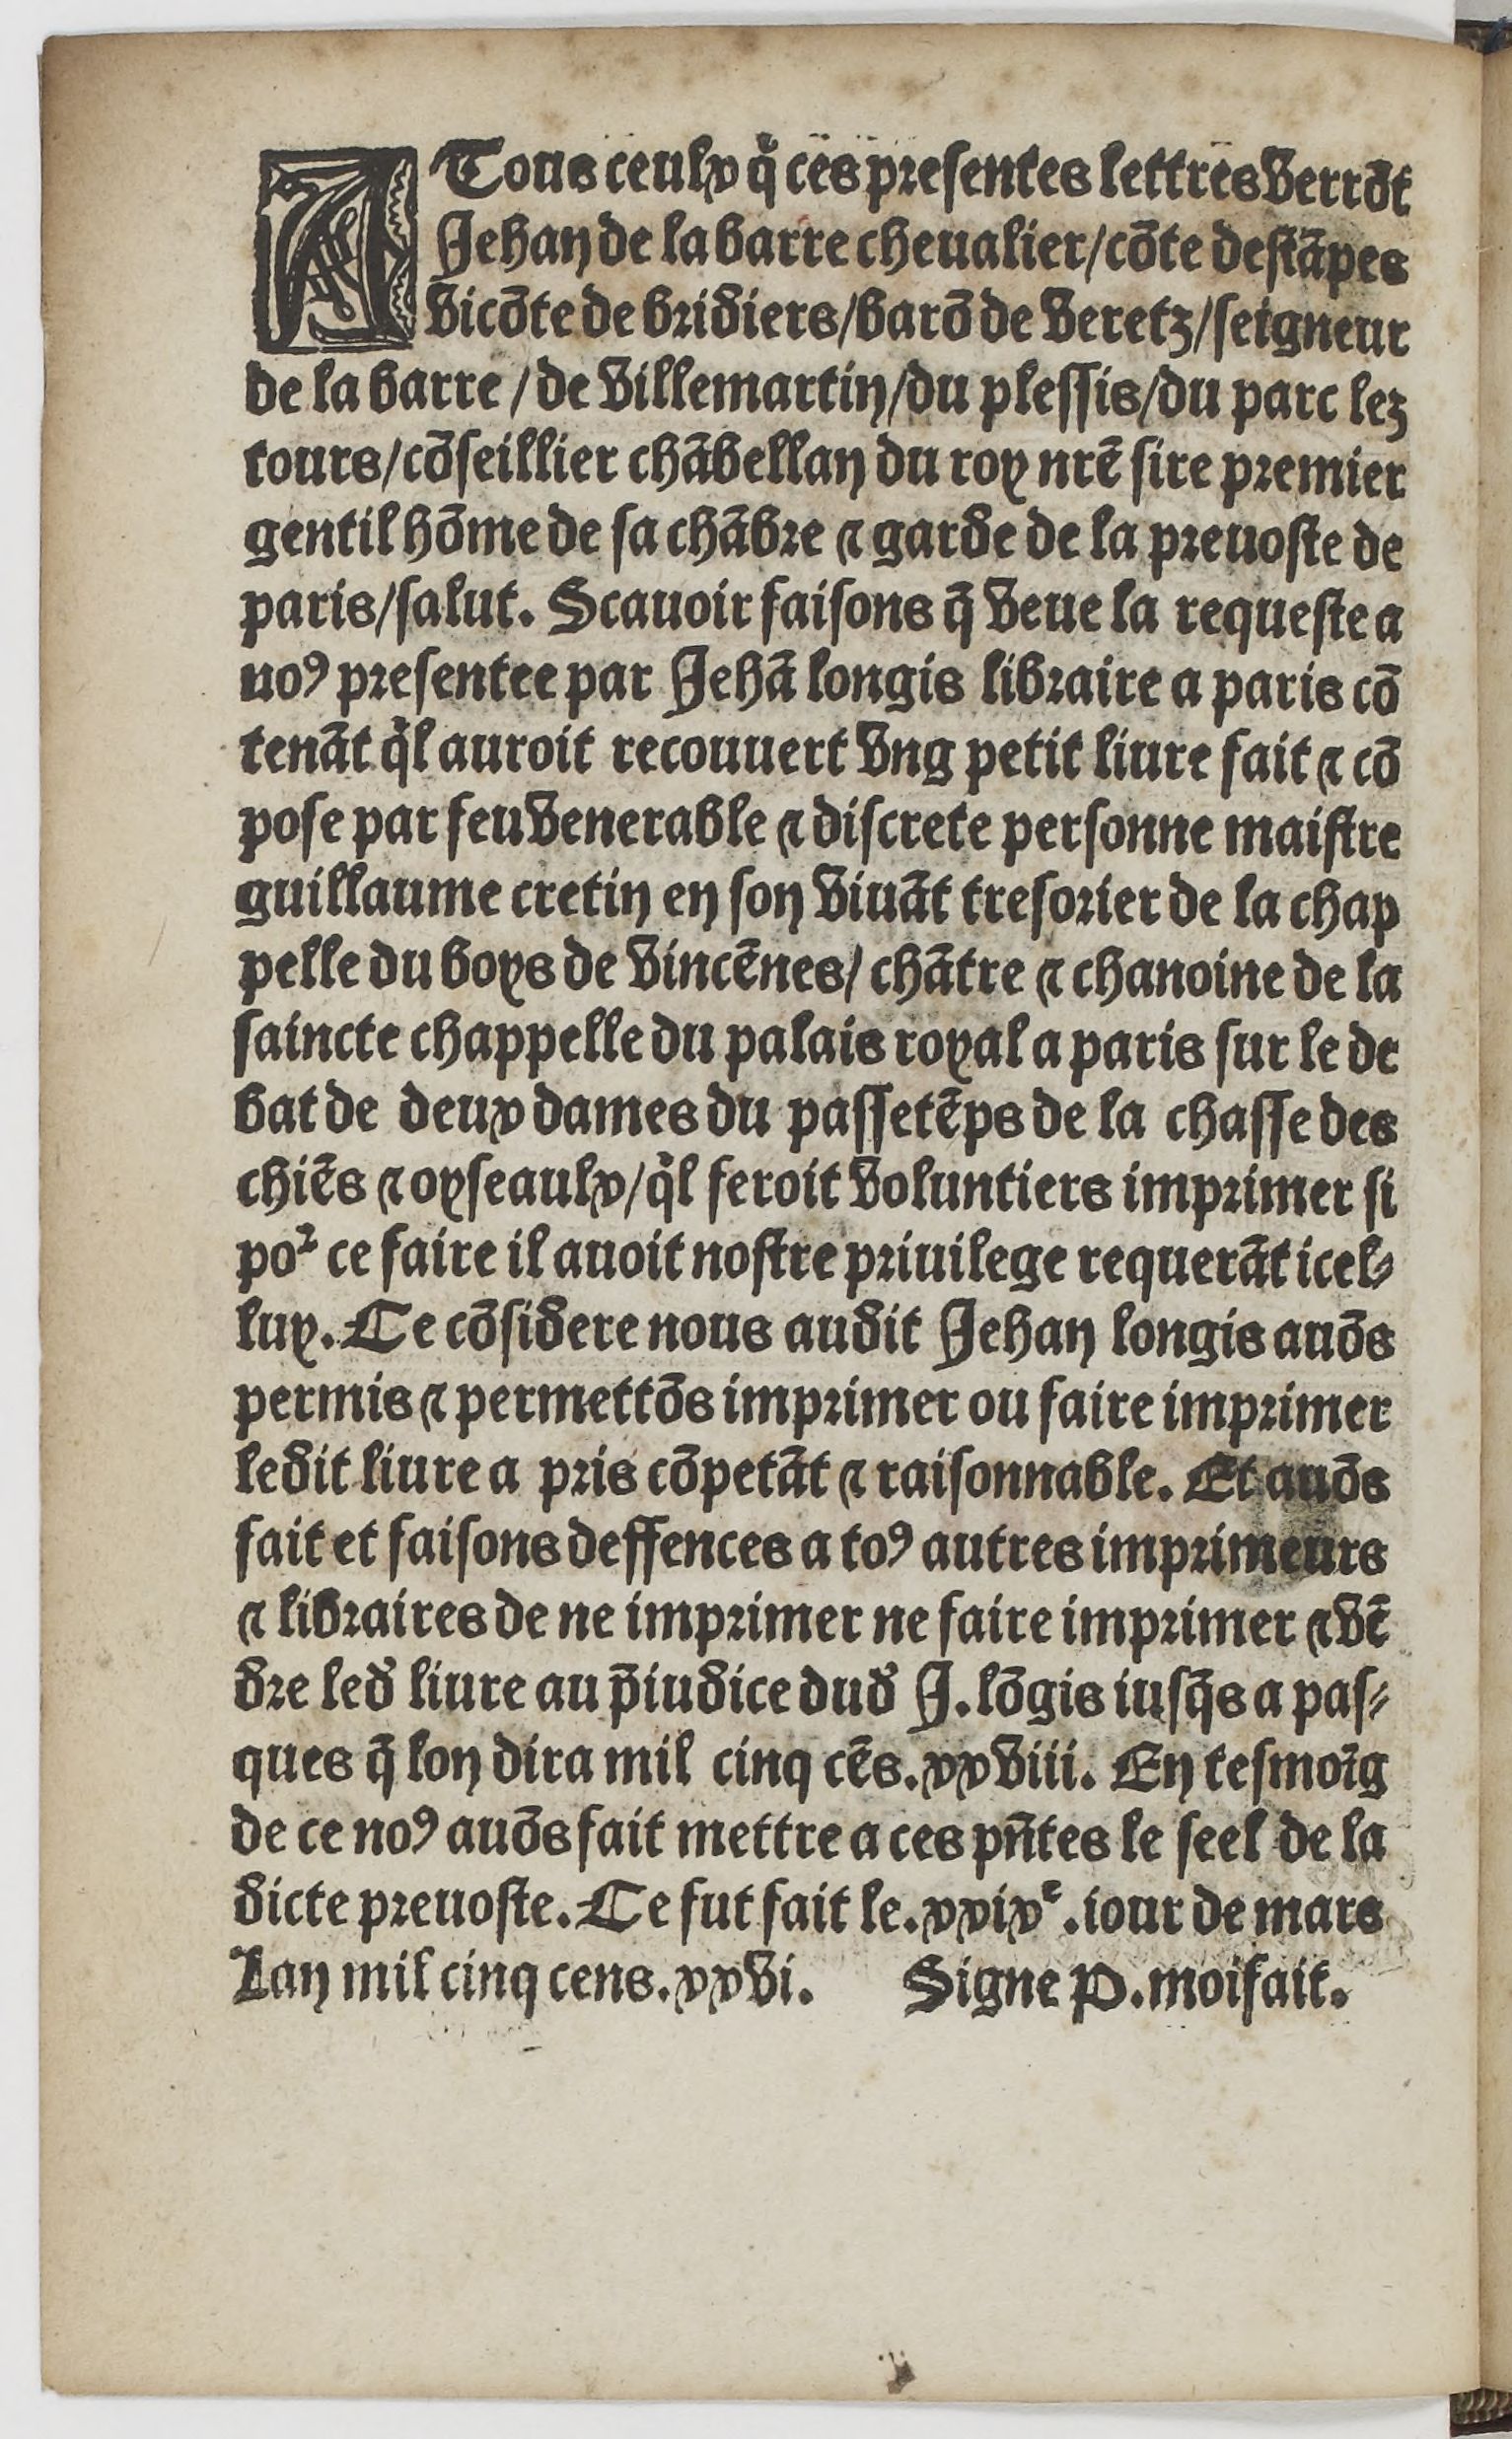
Shelfmark: Paris, BnF, Rés. YE-1395
Century: 16